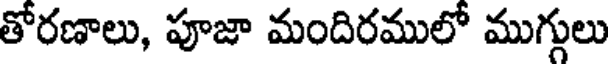
తోరణాలు, పూజా మందిరములో ముగ్గులు